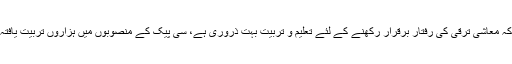
جیک ٹینگ نے کہا کہ معاشی ترقی کی رفتار برقرار رکھنے کے لئے تعلیم و تربیت بہت ذروری ہے، سی پیک کے منصوبوں میں ہزاروں تربیت یافتہ افراد درکار ہونگے۔